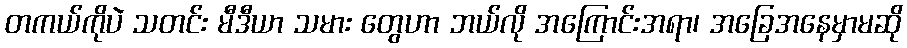
တကယ်ကိုပဲ သတင်း မီဒီယာ သမား တွေဟာ ဘယ်လို အကြောင်းအရာ၊ အခြေအနေမှာမဆို